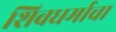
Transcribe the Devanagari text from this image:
शिवधर्माचा